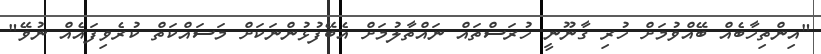
"އިންތިހާބެއް ބޭއްވުމަށް ހުރި ގާނޫނީ ހުރަސްތައް ނައްތާލުމަށް އެބޭފުޅުންނަކަށް މަސައްކަތް ކުރެވިފައެއް ނުވޭ"